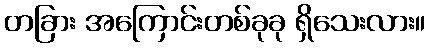
တခြား အကြောင်းတစ်ခုခု ရှိသေးလား။